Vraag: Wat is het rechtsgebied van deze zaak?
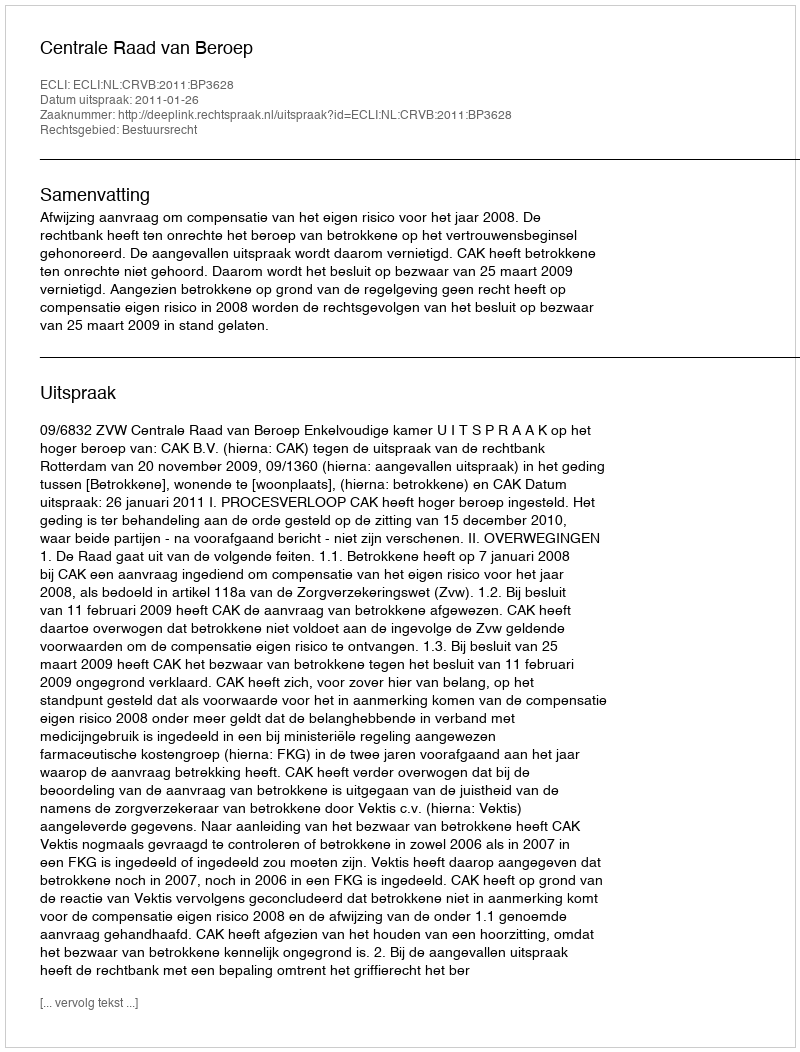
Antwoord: Bestuursrecht